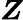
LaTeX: \boldsymbol{Z}